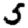
Digit: 5